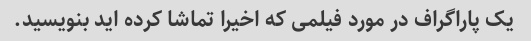
یک پاراگراف در مورد فیلمی که اخیرا تماشا کرده اید بنویسید.